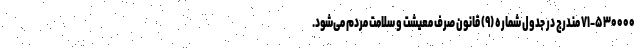
۷۱-۵۳۰۰۰۰ مندرج در جدول شماره (۹) قانون صرف معیشت و سلامت مردم می‌شود.